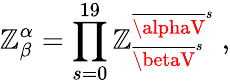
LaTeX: \mathbb{Z}_{\beta}^{\alpha}=\prod_{s=0}^{19}\mathbb{Z}_{{\overline{{{{\betaV}}}}}^{s}}^{{\overline{{{{\alphaV}}}}}^{s}}~,